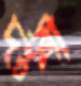
দংশী